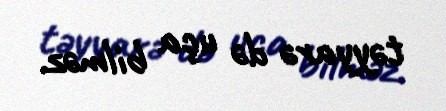
təyyarə də uça bilməz.